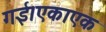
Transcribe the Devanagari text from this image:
गई।एकाएक